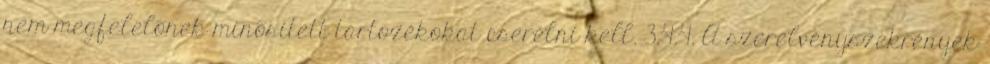
nem megfelelõnek minõsített tartozékokat cserélni kell. 3.4.4. A szerelvényszekrények